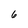
Character: 6